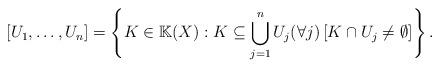
LaTeX: \begin{align*} [U_1, \ldots, U_n] = \left\{ K \in \mathbb K(X) : K \subseteq \bigcup_{j=1}^n U_j (\forall j)\left[ K \cap U_j \neq \emptyset \right] \right\}. \end{align*}